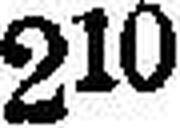
2«